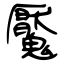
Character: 魘